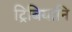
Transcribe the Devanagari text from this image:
ट्रिबियानि